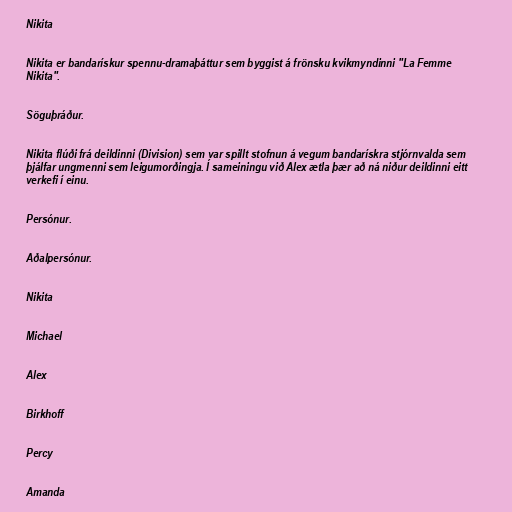
Nikita

Nikita er bandarískur spennu-dramaþáttur sem byggist á frönsku kvikmyndinni "La Femme
Nikita".

Söguþráður.

Nikita flúði frá deildinni (Division) sem var spillt stofnun á vegum bandarískra stjórnvalda sem
þjálfar ungmenni sem leigumorðingja. Í sameiningu við Alex ætla þær að ná niður deildinni eitt
verkefi í einu.

Persónur.

Aðalpersónur.

Nikita

Michael

Alex

Birkhoff

Percy

Amanda